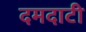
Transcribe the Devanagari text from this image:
दमदाटी